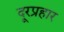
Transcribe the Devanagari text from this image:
दूरप्रहार